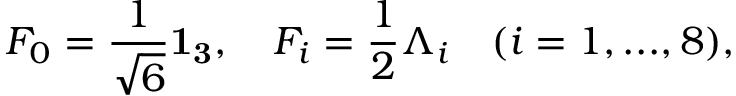
F _ { 0 } = \frac { 1 } { \sqrt { 6 } } { \bf 1 _ { 3 } } , \quad F _ { i } = \frac { 1 } { 2 } \Lambda _ { i } \quad ( i = 1 , . . . , 8 ) ,